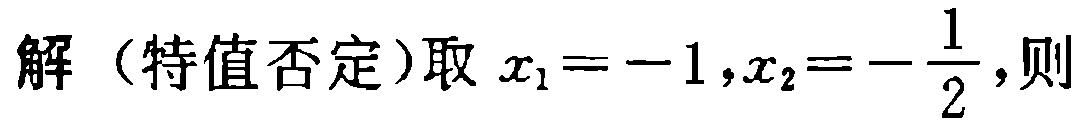
解（特值否定）取 \(x_{1} = - 1,x_{2}=-\frac{1}{2}\)，则